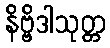
နိဗ္ဗိဒါသုတ္တ